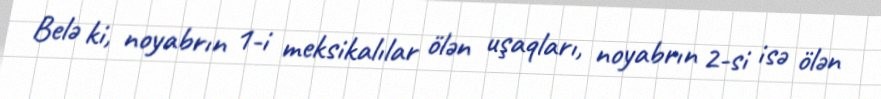
Belə ki, noyabrın 1-i meksikalılar ölən uşaqları, noyabrın 2-si isə ölən